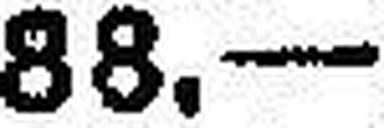
88.—